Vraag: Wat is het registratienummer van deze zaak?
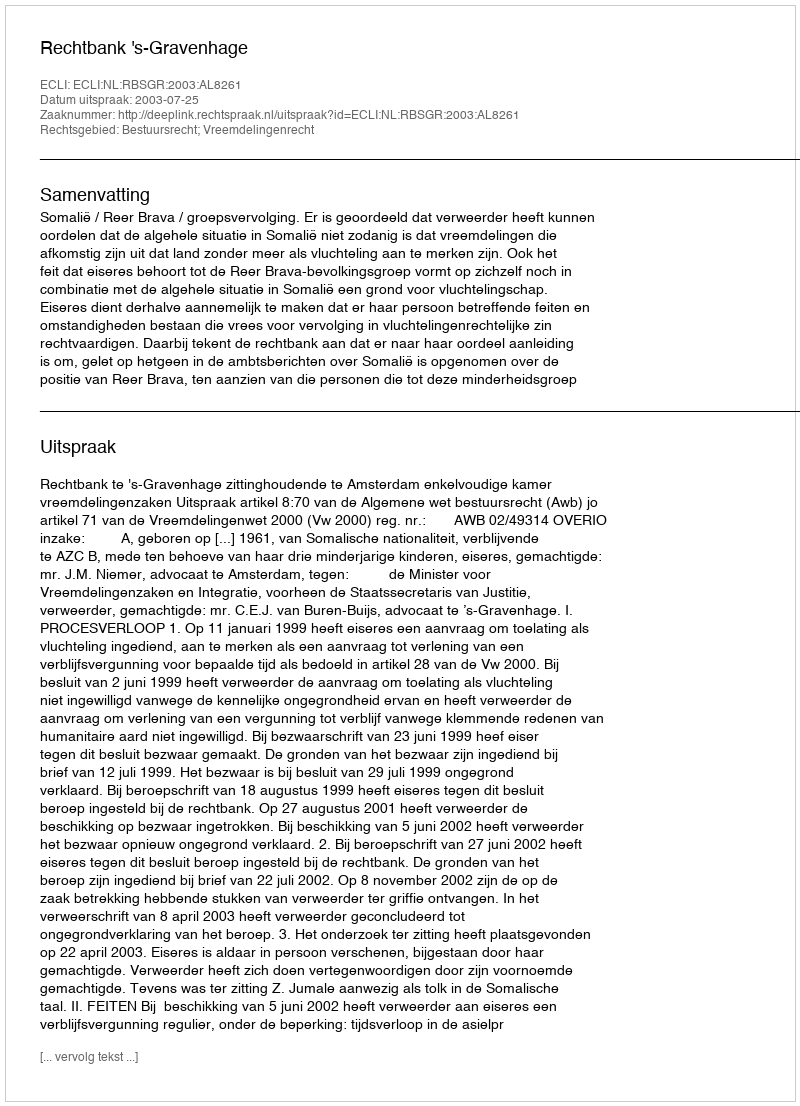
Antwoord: http://deeplink.rechtspraak.nl/uitspraak?id=ECLI:NL:RBSGR:2003:AL8261